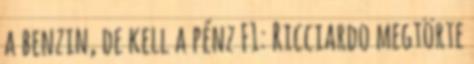
a benzin, de kell a pénz F1: Ricciardo megtörte